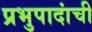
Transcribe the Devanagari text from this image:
प्रभुपादांची